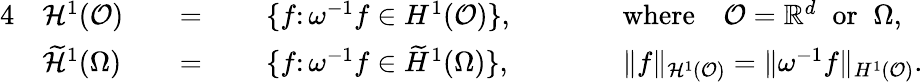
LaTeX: \begin{array}{rlrlrlrl}{{4}}&{\mathcal{H}^{1}(\mathcal{O})}&&{=}&{\; }&{\{ f\colon\omega^{-1}f\in H^{1}(\mathcal{O})\} ,}&{\qquad}&{\mathrm{where}\quad\mathcal{O}=\mathbb{R}^{d}\; \; \mathrm{or}\; \; \Omega,}\\ &{\widetilde{\mathcal{H}}^{1}(\Omega)}&&{=}&&{\{ f\colon\omega^{-1}f\in\widetilde{H}^{1}(\Omega)\} ,}&{\qquad}&{\| f\| _{\mathcal{H}^{1}(\mathcal{O})}=\| \omega^{-1}f\| _{H^{1}(\mathcal{O})}.}\end{array}